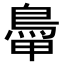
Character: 𩿼